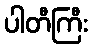
ပါတီကြီး